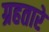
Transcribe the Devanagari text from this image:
ग्रहतारे